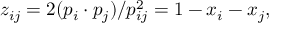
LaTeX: z _ { i j } = 2 ( p _ { i } \cdot p _ { j } ) / p _ { i j } ^ { 2 } = 1 - x _ { i } - x _ { j } ,